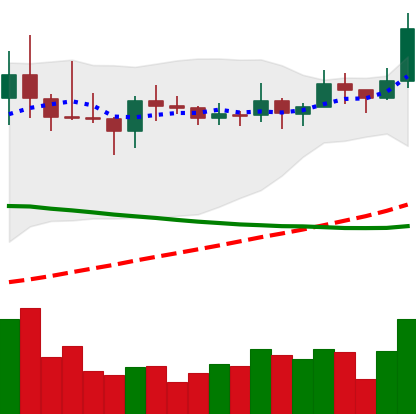
Ticker: LINK-USD
Chart end date: 2019-11-13
Forward return: -6.351%
Label: down_5_7